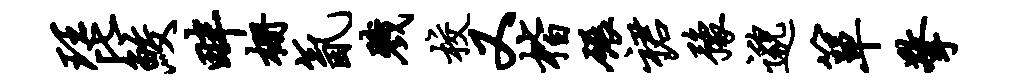
琵鲛畔栅氤戮校又楷碾裙豫邈箪擎